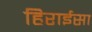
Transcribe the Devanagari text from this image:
हिराईसा